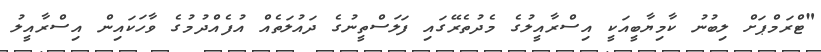
"ޓްރަމްޕަށް ލިބުނު ކާމިޔާބީއަކީ އިސްރާއީލުގެ މެދުތެރޭގައި ފަލަސްތީނުގެ ދައުލަތެއް އުފެއްދުމުގެ ވާހަކައިން އިސްރާއީލު